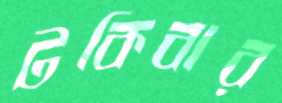
টকিবার